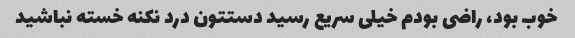
خوب بود، راضی بودم خیلی سریع رسید دستتون درد نکنه خسته نباشید